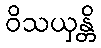
ဝိသယှန္တိ